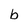
Character: b